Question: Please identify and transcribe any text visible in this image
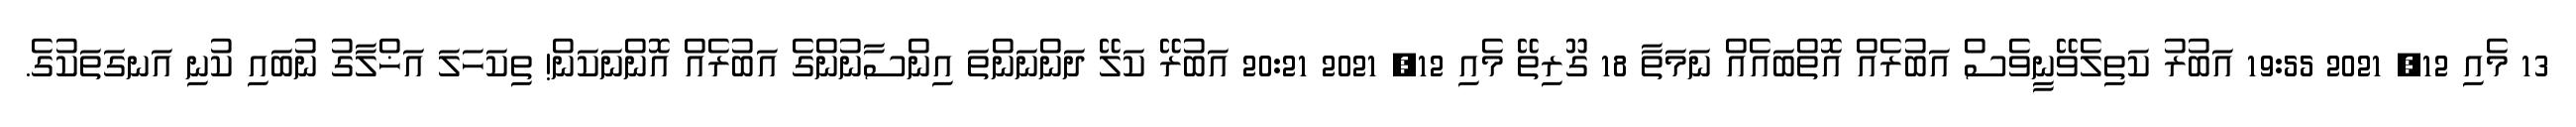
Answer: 13 މެއި 12, 2021 19:55 އަބުރު ކަތިލެވޭނީވެސް އަބުރެއް އޮތްބައެއް ނަމަތާ 18 ގޫރިތޭ މެއި 12, 2021 20:21 އަބުރޭ ކަލޭ ދަންނަންތަ އިންސާނުންގެ އަބުރެއް އޮންނަކަން! ތިކަހަލަ އަޚްލާގު ނުބައި ކުނި އަނގަތަކުގެ.